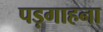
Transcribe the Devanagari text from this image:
पड़गाहना